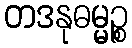
တဒနုဓမ္မဉ္စ